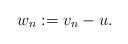
LaTeX: \begin{align*} w_n:=v_n-u. \end{align*}